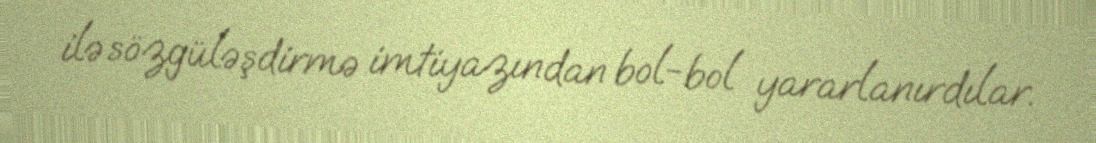
ilə sözgüləşdirmə imtiyazından bol-bol yararlanırdılar.